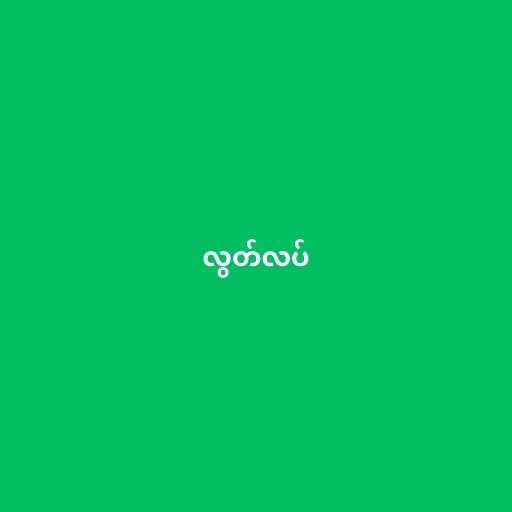
လွတ်လပ်